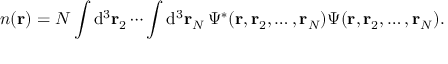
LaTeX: n ( \mathbf { r } ) = N \int { \mathrm { d } } ^ { 3 } \mathbf { r } _ { 2 } \cdots \int { \mathrm { d } } ^ { 3 } \mathbf { r } _ { N } \, \Psi ^ { * } ( \mathbf { r } , \mathbf { r } _ { 2 } , \dots , \mathbf { r } _ { N } ) \Psi ( \mathbf { r } , \mathbf { r } _ { 2 } , \dots , \mathbf { r } _ { N } ) .